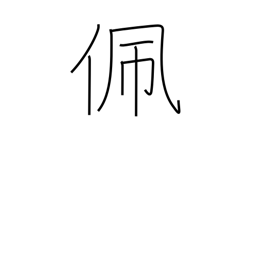
Meaning: put on (a sword)